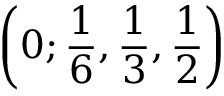
\left( 0 ; \frac { 1 } { 6 } , \frac { 1 } { 3 } , \frac { 1 } { 2 } \right)